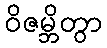
ဝိဇမ္ဘိတွာ